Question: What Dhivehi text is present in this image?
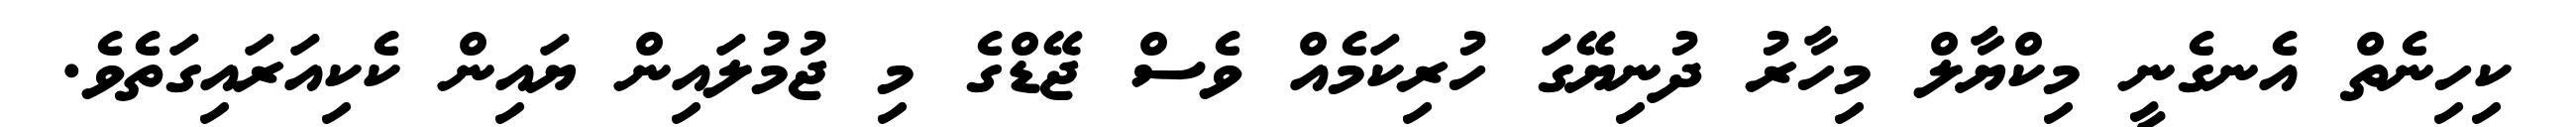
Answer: ކިހިނެތް އެނގެނީ މިކްޔާލް މިހާރު ދުނިޔޭގަ ހުރިކަމެއް ވެސް ޖޭޑްގެ މި ޖުމުލައިން ޔައިން ކެކިއަރައިގަތެވެ.